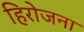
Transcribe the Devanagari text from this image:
हिरोजना